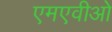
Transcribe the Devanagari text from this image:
एमएवीओ